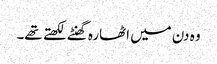
وہ دن میں اٹھارہ گھنٹے لکھتے تھے۔